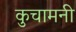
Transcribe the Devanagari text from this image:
कुचामनी